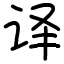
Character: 译